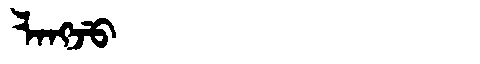
Manchu: ᠯᠠᠩᠵᡠ
Romanization: LANGJU